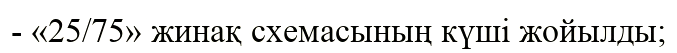
- «25/75» жинақ схемасының күші жойылды;